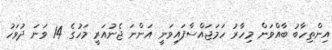
އިންތިހާބު ބާއްވަން މިހާރު ހަމަޖައްސާފައިވަނީ އަންނަ ޖެނުއަރީ މަހުގެ 14 ވަނަ ދުވަހު